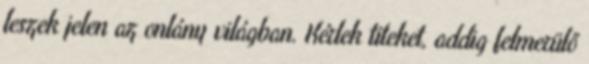
leszek jelen az onlány világban. Kérlek titeket, addig felmerülő